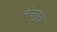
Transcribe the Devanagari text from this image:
सेऊपुरा